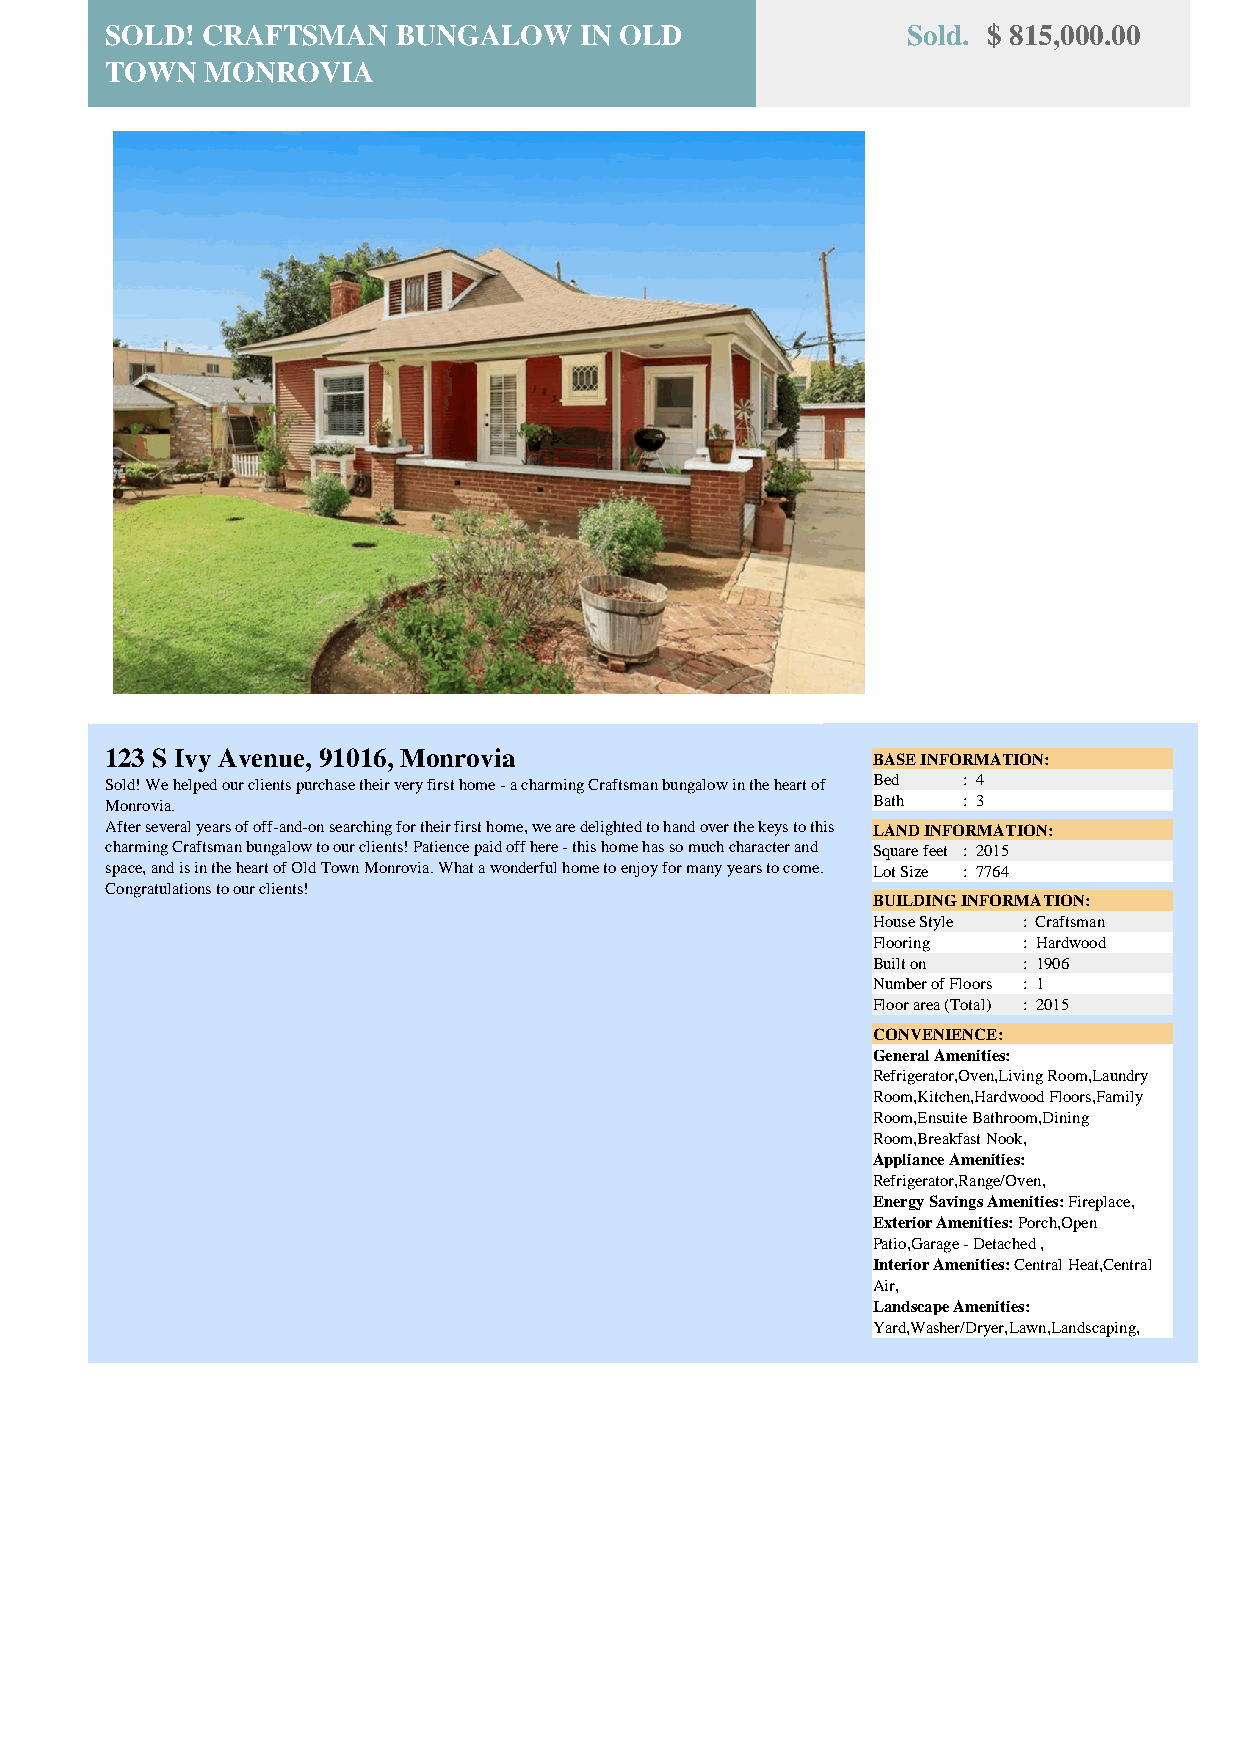
SOLD! CRAFTSMAN    BUNGALOW    IN OLD                Sold. $ 815,000.00
 TOWN   MONROVIA
 123 S Ivy Avenue, 91016, Monrovia                  BASE INFORMATION:
 Sold! We helped our clients purchase their very first home - a charming Craftsman bungalow in the heart of Bed : 4
 Monrovia.                                          Bath  : 3
 After several years of off-and-on searching for their first home, we are delighted to hand over the keys to this LAND INFORMATION:
 charming Craftsman bungalow to our clients! Patience paid off here - this home has so much character and Square feet : 2015
 space, and is in the heart of Old Town Monrovia. What a wonderful home to enjoy for many years to come. Lot Size : 7764
 Congratulations to our clients!
 BUILDING INFORMATION:
 House Style : Craftsman
 Flooring  : Hardwood
 Built on  : 1906
 Number of Floors : 1
 Floor area (Total) : 2015
 CONVENIENCE:
 General Amenities:
 Refrigerator,Oven,Living Room,Laundry
 Room,Kitchen,Hardwood Floors,Family
 Room,Ensuite Bathroom,Dining
 Room,Breakfast Nook,
 Appliance Amenities:
 Refrigerator,Range/Oven,
 Energy Savings Amenities: Fireplace,
 Exterior Amenities: Porch,Open
 Patio,Garage - Detached ,
 Interior Amenities: Central Heat,Central
 Air,
 Landscape Amenities:
 Yard,Washer/Dryer,Lawn,Landscaping,
 Powered by TCPDF (www.tcpdf.org)